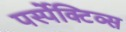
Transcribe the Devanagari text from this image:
पर्स्पेक्टिव्स